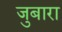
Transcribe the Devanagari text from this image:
जुबारा